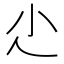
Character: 尐